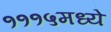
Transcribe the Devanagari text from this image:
१११५मध्ये